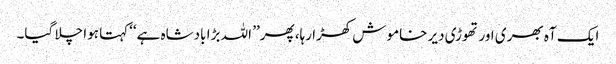
ایک آہ بھری اور تھوڑی دیر خاموش کھڑا رہا، پھر’’ اللہ بڑا بادشاہ ہے‘‘کہتا ہوا چلا گیا۔